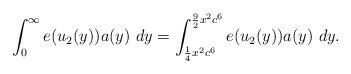
\begin{align*}\int_0^\infty e(u_2(y)) a(y) ~dy = \int_{\frac{1}{4}x^2 c^6}^{\frac{9}{2}x^2 c^6} e(u_2(y)) a(y) ~dy.\end{align*}